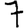
Digit: 7